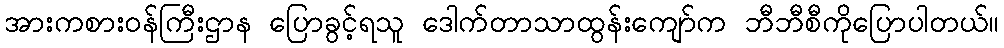
အားကစားဝန်ကြီးဌာန ပြောခွင့်ရသူ ဒေါက်တာသာထွန်းကျော်က ဘီဘီစီကိုပြောပါတယ်။